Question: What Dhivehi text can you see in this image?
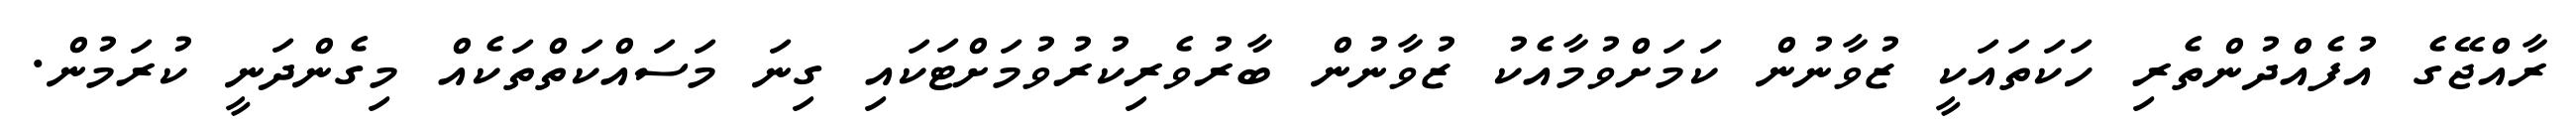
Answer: ރާއްޖޭގެ އުފެއްދުންތެރި ހަކަތައަކީ ޒުވާނުން ކަމަށްވުމާއެކު ޒުވާނުން ބާރުވެރިކުރުވުމަށްޓަކައި ގިނަ މަސައްކަތްތަކެއް މިގެންދަނީ ކުރަމުން.